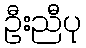
ဦးညီပု